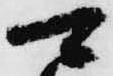
可